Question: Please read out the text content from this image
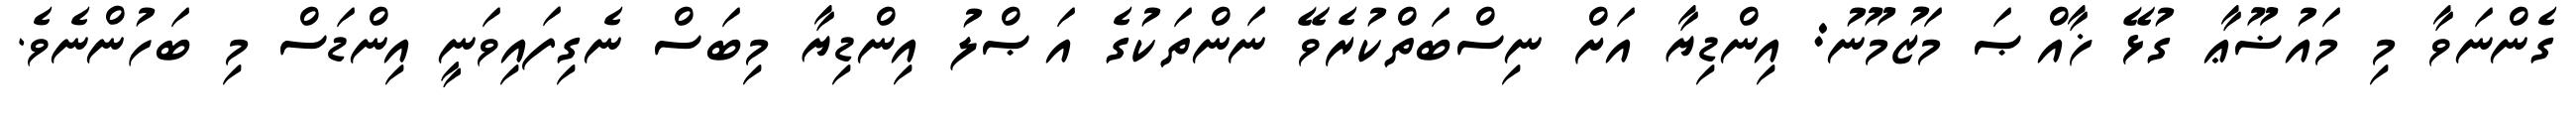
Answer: ގެންނަވާ މި މައުޟޫޢާ ގުޅޭ ޚާއްޞަ މަޒުމޫނު: އިންޑިޔާ އަށް ނިސްބަތްކުރެވޭ ނަންތަކުގެ އަޞްލު އިންޑިޔާ މިބަސް ނެގިފައިވަނީ އިންޑަސް މި ބަހުންނެވެ.